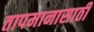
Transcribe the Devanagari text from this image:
तापमानासाठी